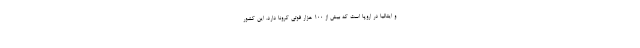
و ایتالیا در اروپا است که بیش از ۱۰۰ هزار فوتی کرونا دارد. این کشور